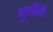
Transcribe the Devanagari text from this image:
चतुर्विशति